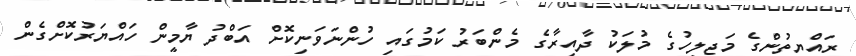
ރައްޔިތުންގެ މަޖިލީހުގެ މުލަކު ދާއިރާގެ މެންބަރު ކަމުގައި ހުންނަވަނިކޮށް އަބްދު ޔާމީން ހައްޔަރުކޮށްގެން